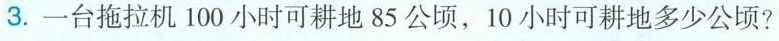
3.一台拖拉机100小时可耕地85公顷，10小时可耕地多少公顷?